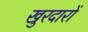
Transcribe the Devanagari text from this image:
खुरदारों